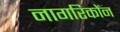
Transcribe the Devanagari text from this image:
नागरिकोंन